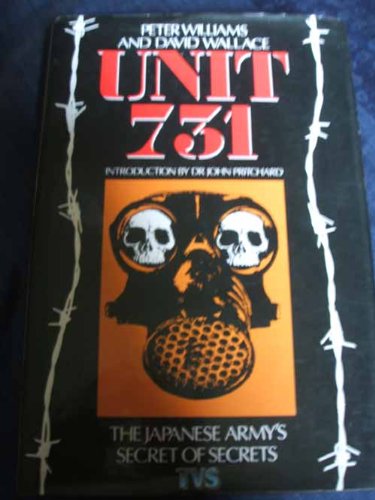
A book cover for Unit 731: Japan's Secret Biological Warfare in World War II; Peter Williams; History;